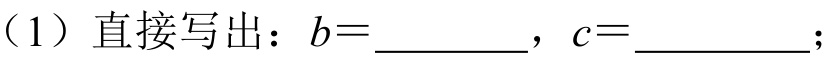
（1）直接写出：\(b = \underline{\quad\quad}\)，\(c = \underline{\quad\quad}\)；